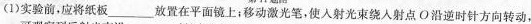
(1)实验前，应将纸板___放置在平面镜上；移动激光笔，使入射光束绕入射点O沿逆时针方向转动，